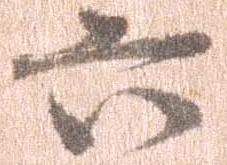
六